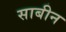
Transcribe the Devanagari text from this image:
साबीन